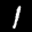
Label: 1